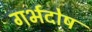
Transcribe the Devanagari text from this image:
गर्भदोष